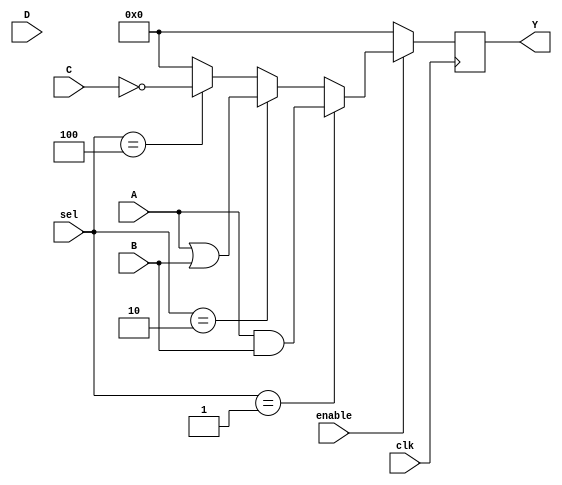
module CLB (
    input wire [3:0] A,               // 4 input signals
    input wire [3:0] B,               // 4 input signals
    input wire [3:0] C,               // 4 input signals
    input wire [3:0] D,               // 4 input signals
    input wire [3:0] sel,             // Select lines for multiplexing
    input wire enable,                 // Enable signal for the CLB
    input wire clk,                    // Clock signal for synchronization
    output reg [3:0] Y                // 4 output signals
);

// Internal signals for logic functions
wire [3:0] and_output;
wire [3:0] or_output;
wire [3:0] not_output;
wire [3:0] mux_output;

// AND logic
assign and_output = A & B;

// OR logic
assign or_output = A | B;

// NOT logic
assign not_output = ~C;

// Multiplexer logic
assign mux_output = (sel == 4'b0001) ? and_output :
                    (sel == 4'b0010) ? or_output :
                    (sel == 4'b0100) ? not_output :
                    4'b0000; // Default to 0

// Output logic with enable control
always @(posedge clk) begin
    if (enable) begin
        Y <= mux_output; // Output based on selected logic function
    end else begin
        Y <= 4'b0000; // Disable output
    end
end

endmodule